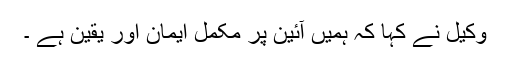
وکیل نے کہا کہ ہمیں آئین پر مکمل ایمان اور یقین ہے ۔